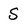
Character: S